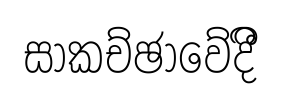
සාකච්ඡාවේදීි